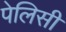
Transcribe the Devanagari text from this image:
पेलिसी